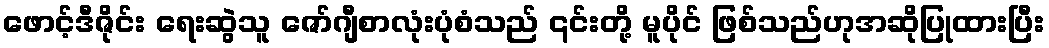
ဖောင့်ဒီဇိုင်း ရေးဆွဲသူ ဇော်ဂျီစာလုံးပုံစံသည် ၎င်းတို့ မူပိုင် ဖြစ်သည်ဟုအဆိုပြုထားပြီး